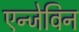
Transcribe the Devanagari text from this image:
एन्जेविन